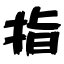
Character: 指